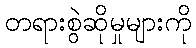
တရားစွဲဆိုမှုများကို